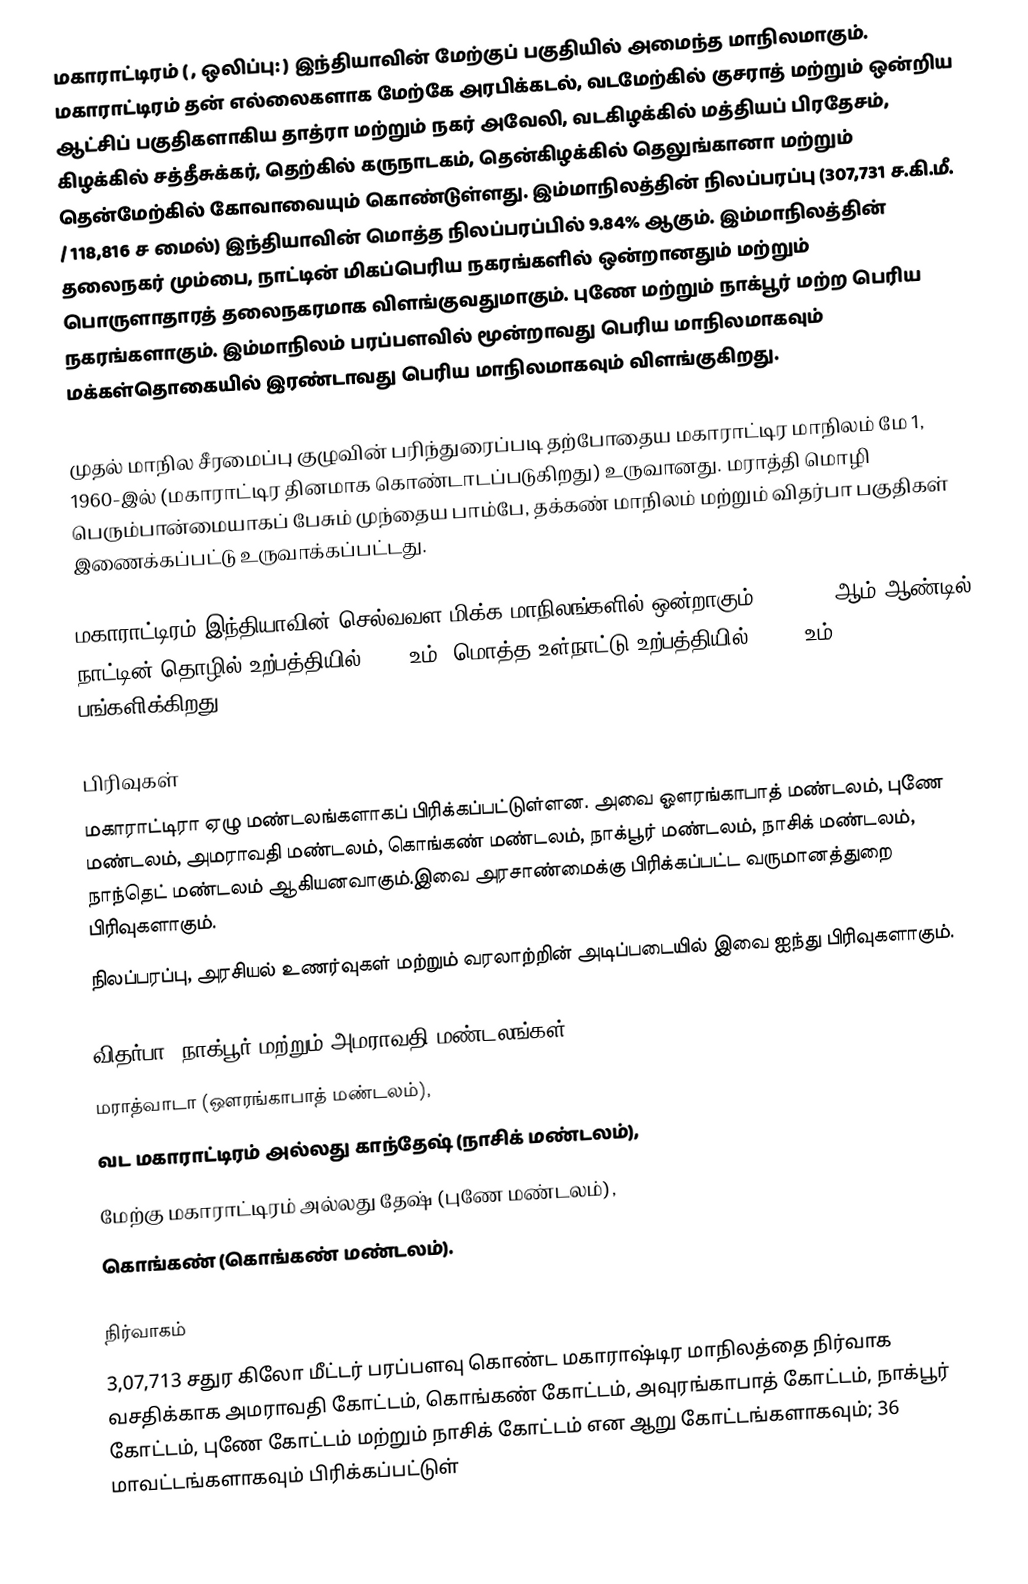
மகாராட்டிரம் ( , ஒலிப்பு: ) இந்தியாவின் மேற்குப் பகுதியில் அமைந்த மாநிலமாகும். மகாராட்டிரம் தன் எல்லைகளாக மேற்கே அரபிக்கடல், வடமேற்கில் குசராத் மற்றும் ஒன்றிய ஆட்சிப் பகுதிகளாகிய  தாத்ரா மற்றும் நகர் அவேலி, வடகிழக்கில் மத்தியப் பிரதேசம், கிழக்கில் சத்தீசுக்கர், தெற்கில் கருநாடகம், தென்கிழக்கில் தெலுங்கானா மற்றும் தென்மேற்கில் கோவாவையும் கொண்டுள்ளது. இம்மாநிலத்தின் நிலப்பரப்பு (307,731 ச.கி.மீ. / 118,816 ச மைல்) இந்தியாவின் மொத்த நிலப்பரப்பில் 9.84% ஆகும். இம்மாநிலத்தின் தலைநகர் மும்பை, நாட்டின் மிகப்பெரிய நகரங்களில் ஒன்றானதும் மற்றும் பொருளாதாரத் தலைநகரமாக விளங்குவதுமாகும். புணே மற்றும் நாக்பூர் மற்ற பெரிய நகரங்களாகும். இம்மாநிலம் பரப்பளவில் மூன்றாவது பெரிய மாநிலமாகவும் மக்கள்தொகையில் இரண்டாவது பெரிய மாநிலமாகவும் விளங்குகிறது.

முதல் மாநில சீரமைப்பு குழுவின் பரிந்துரைப்படி தற்போதைய மகாராட்டிர மாநிலம் மே 1, 1960-இல் (மகாராட்டிர தினமாக கொண்டாடப்படுகிறது) உருவானது. மராத்தி மொழி பெரும்பான்மையாகப் பேசும்  முந்தைய பாம்பே, தக்கண் மாநிலம் மற்றும் விதர்பா பகுதிகள் இணைக்கப்பட்டு உருவாக்கப்பட்டது.

மகாராட்டிரம் இந்தியாவின் செல்வவள மிக்க மாநிலங்களில் ஒன்றாகும். 2005-06-ஆம் ஆண்டில் நாட்டின் தொழில் உற்பத்தியில் 15%- உம், மொத்த உள்நாட்டு உற்பத்தியில் 13.2%-உம் பங்களிக்கிறது.

பிரிவுகள்
மகாராட்டிரா ஏழு மண்டலங்களாகப் பிரிக்கப்பட்டுள்ளன. அவை ஔரங்காபாத் மண்டலம், புணே மண்டலம், அமராவதி மண்டலம், கொங்கண் மண்டலம், நாக்பூர் மண்டலம், நாசிக் மண்டலம், நாந்தெட் மண்டலம் ஆகியனவாகும்.இவை அரசாண்மைக்கு  பிரிக்கப்பட்ட வருமானத்துறை பிரிவுகளாகும்.
நிலப்பரப்பு, அரசியல் உணர்வுகள் மற்றும் வரலாற்றின் அடிப்படையில் இவை ஐந்து பிரிவுகளாகும்.

 விதர்பா (நாக்பூர் மற்றும் அமராவதி மண்டலங்கள்),
 மராத்வாடா (ஔரங்காபாத் மண்டலம்),
வட மகாராட்டிரம் அல்லது காந்தேஷ் (நாசிக் மண்டலம்),
மேற்கு மகாராட்டிரம் அல்லது தேஷ் (புணே மண்டலம்),
கொங்கண் (கொங்கண் மண்டலம்).

நிர்வாகம்
3,07,713 சதுர கிலோ மீட்டர் பரப்பளவு கொண்ட மகாராஷ்டிர மாநிலத்தை நிர்வாக வசதிக்காக அமராவதி கோட்டம், கொங்கண் கோட்டம், அவுரங்காபாத் கோட்டம்,  நாக்பூர் கோட்டம், புணே கோட்டம் மற்றும்  நாசிக் கோட்டம் என ஆறு கோட்டங்களாகவும்; 36 மாவட்டங்களாகவும் பிரிக்கப்பட்டுள்